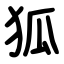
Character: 狐